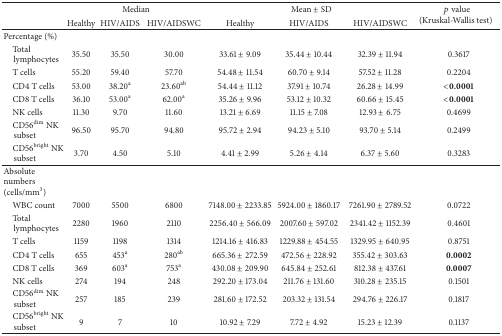
<table><thead><tr><td><b> </b></td><td colspan="3"><b>Median </b></td><td colspan="3"><b>Mean ± SD</b></td><td rowspan="2"><b><i>p</i> value (Kruskal-Wallis test)</b></td></tr><tr><td><b> </b></td><td><b>Healthy</b></td><td><b>HIV/AIDS</b></td><td><b>HIV/AIDSWC</b></td><td><b>Healthy</b></td><td><b>HIV/AIDS</b></td><td><b>HIV/AIDSWC</b></td></tr></thead><tbody><tr><td>Percentage (%)</td><td> </td><td> </td><td> </td><td> </td><td> </td><td> </td><td> </td></tr><tr><td> Total lymphocytes</td><td>35.50</td><td>35.50</td><td>30.00</td><td>33.61 ± 9.09</td><td>35.44 ± 10.44</td><td>32.39 ± 11.94</td><td>0.3617</td></tr><tr><td> T cells</td><td>55.20</td><td>59.40</td><td>57.70</td><td>54.48 ± 11.54</td><td>60.70 ± 9.14</td><td>57.52 ± 11.28</td><td>0.2204</td></tr><tr><td> CD4 T cells</td><td>53.00</td><td>38.20<sup>a</sup></td><td>23.60<sup>ab</sup></td><td>54.44 ± 11.12</td><td>37.91 ± 10.74</td><td>26.28 ± 14.99</td><td><b>&lt;0.0001</b></td></tr><tr><td> CD8 T cells</td><td>36.10</td><td>53.00<sup>a</sup></td><td>62.00<sup>a</sup></td><td>35.26 ± 9.96</td><td>53.12 ± 10.32</td><td>60.66 ± 15.45</td><td><b>&lt;0.0001</b></td></tr><tr><td> NK cells</td><td>11.30</td><td>9.70</td><td>11.60</td><td>13.21 ± 6.69</td><td>11.15 ± 7.08</td><td>12.93 ± 6.75</td><td>0.4699</td></tr><tr><td> CD56<sup>dim</sup> NK subset</td><td>96.50</td><td>95.70</td><td>94.80</td><td>95.72 ± 2.94</td><td>94.23 ± 5.10</td><td>93.70 ± 5.14</td><td>0.2499</td></tr><tr><td> CD56<sup>bright</sup> NK subset </td><td>3.70</td><td>4.50</td><td>5.10</td><td>4.41 ± 2.99</td><td>5.26 ± 4.14</td><td>6.37 ± 5.60</td><td>0.3283</td></tr><tr><td>Absolute numbers (cells/mm<sup>3</sup>)</td><td> </td><td> </td><td> </td><td> </td><td> </td><td> </td><td> </td></tr><tr><td> WBC count</td><td>7000</td><td>5500</td><td>6800</td><td>7148.00 ± 2233.85</td><td>5924.00 ± 1860.17</td><td>7261.90 ± 2789.52</td><td>0.0722</td></tr><tr><td> Total lymphocytes</td><td>2280</td><td>1960</td><td>2110</td><td>2256.40 ± 566.09</td><td>2007.60 ± 597.02</td><td>2341.42 ± 1152.39</td><td>0.4601</td></tr><tr><td> T cells</td><td>1159</td><td>1198</td><td>1314</td><td>1214.16 ± 416.83</td><td>1229.88 ± 454.55</td><td>1329.95 ± 640.95</td><td>0.8751</td></tr><tr><td> CD4 T cells</td><td>655</td><td>453<sup>a</sup></td><td>280<sup>ab</sup></td><td>665.36 ± 272.59</td><td>472.56 ± 228.92</td><td>355.42 ± 303.63</td><td><b>0.0002</b></td></tr><tr><td> CD8 T cells</td><td>369</td><td>603<sup>a</sup></td><td>753<sup>a</sup></td><td>430.08 ± 209.90</td><td>645.84 ± 252.61</td><td>812.38 ± 437.61</td><td><b>0.0007</b></td></tr><tr><td> NK cells</td><td>274</td><td>194</td><td>248</td><td>292.20 ± 173.04</td><td>211.76 ± 131.60</td><td>310.28 ± 235.15</td><td>0.1501</td></tr><tr><td> CD56<sup>dim</sup> NK subset</td><td>257</td><td>185</td><td>239</td><td>281.60 ± 172.52</td><td>203.32 ± 131.54</td><td>294.76 ± 226.17</td><td>0.1817</td></tr><tr><td> CD56<sup>bright</sup> NK subset</td><td>9</td><td>7</td><td>10</td><td>10.92 ± 7.29</td><td>7.72 ± 4.92</td><td>15.23 ± 12.39</td><td>0.1137</td></tr></tbody></table>